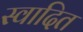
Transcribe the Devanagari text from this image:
स्वादित